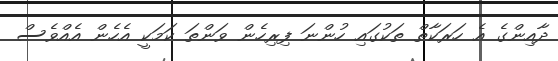
ދާއިންގެ އެ ހަރަކާތް ތަކުގައި ހުންނަ ފިރިހެން ވަންތަ ކަމަކީ އެހެން އެއްވެސް